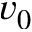
v _ { 0 }